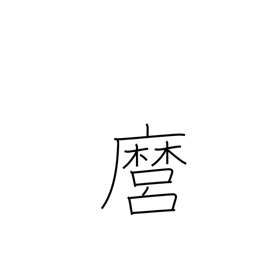
Meaning: you